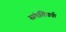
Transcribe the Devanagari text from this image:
संमतितर्क